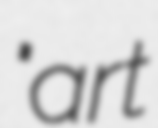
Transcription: "art